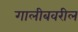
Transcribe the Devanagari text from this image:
गालीबवरील